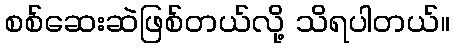
စစ်ဆေးဆဲဖြစ်တယ်လို့ သိရပါတယ်။